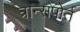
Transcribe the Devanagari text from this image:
त्रान्सपोर्त